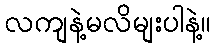
လကျနဲ့မလိမျးပါနဲ့။